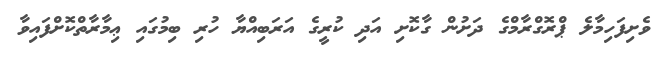
ވެށިފަހިމާލެ ޕްރޮގްރާމްގެ ދަށުން ގާކޮށި އަދި ކުރީގެ އަރަބިއްޔާ ހުރި ބިމުގައި ޢިމާރާތްކޮށްފައިވާ